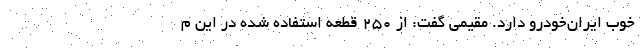
خوب ایران‌خودرو دارد. مقیمی گفت: از ۲۵۰ قطعه استفاده شده در این م